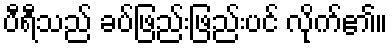
ပီရီသည် ခပ်ဖြည်းဖြည်းပင် လိုက်၏။